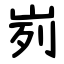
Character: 峛